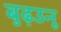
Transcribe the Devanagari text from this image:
बुढ़उनू